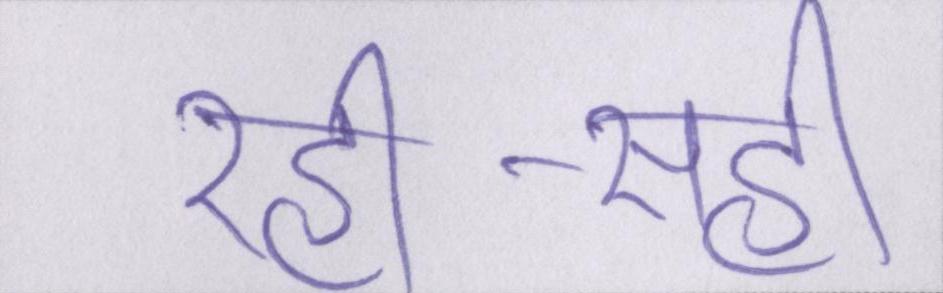
रही-सही